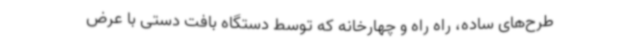
طرح‌های ساده، راه راه و چهارخانه که توسط دستگاه بافت دستی با عرض